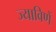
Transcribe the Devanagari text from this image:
ज्याविणें